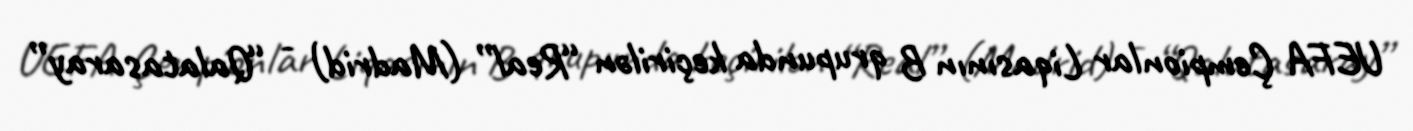
UEFA Çempionlar Liqasının B qrupunda keçirilən “Real” (Madrid) - “Qalatasaray”